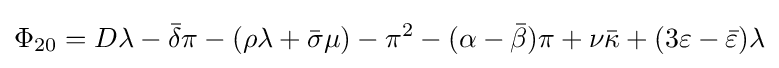
\Phi _{20}=D\lambda -{\bar {\delta }}\pi -(\rho \lambda +{\bar {\sigma }}\mu )-\pi ^{2}-(\alpha -{\bar {\beta }})\pi +\nu {\bar {\kappa }}+(3\varepsilon -{\bar {\varepsilon }})\lambda